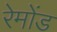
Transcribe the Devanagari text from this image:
रेमोंड